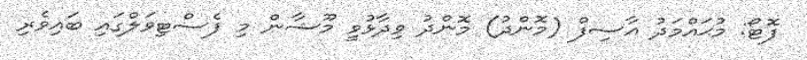
ފޮޓޯ: މުޙައްމަދު އާސިފް (މޮންދު) މޮންދު ވިދާޅުވީ މޫޝާން މި ފެސްޓިވަލްގައި ބައިވެރި